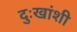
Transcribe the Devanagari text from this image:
दुःखांशी